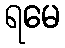
ရမေ